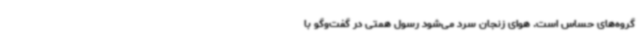
گروه‌های حساس است. هوای زنجان سرد می‌شود رسول همتی در گفت‌وگو با